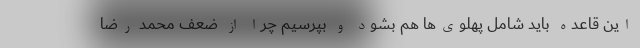
این قاعده باید شامل پهلوی‌ها هم بشود و بپرسیم چرا از ضعف محمد رضا